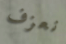
نعزف